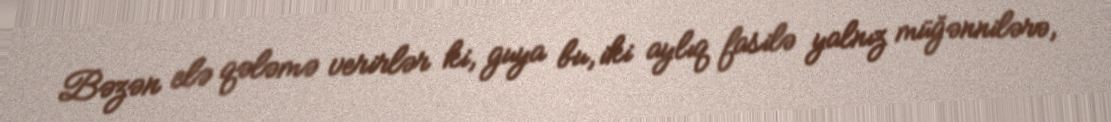
Bəzən elə qələmə verirlər ki, guya bu, iki aylıq fasilə yalnız müğənnilərə,